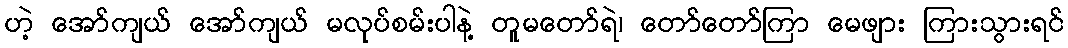
ဟဲ့ အော်ကျယ် အော်ကျယ် မလုပ်စမ်းပါနဲ့ တူမတော်ရဲ၊ တော်တော်ကြာ မေဖျား ကြားသွားရင်